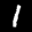
Label: 1